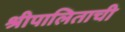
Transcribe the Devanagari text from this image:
श्रीपालिताची